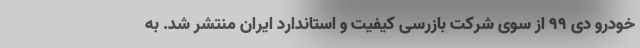
خودرو دی ۹۹ از سوی شرکت بازرسی کیفیت و استاندارد ایران منتشر شد. به